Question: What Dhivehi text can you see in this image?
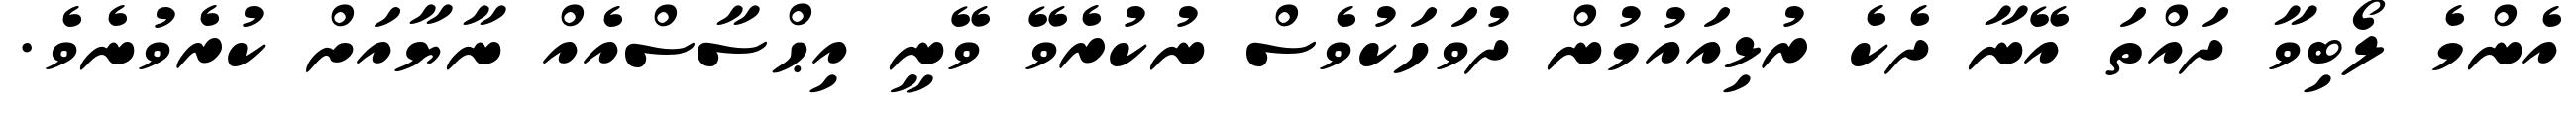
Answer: އެންމެ ލޯބިވާ ދައްތަ އޭނާ ދެކެ ރުޅިއައުމުން ދުވަހަކުވެސް ނުކުރެވޭ ވޭނީ އިޙްސާސްއެއް ނާޔާއަށް ކުރެވުނެވެ.